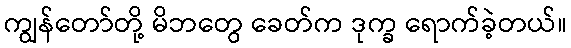
ကျွန်တော်တို့ မိဘတွေ ခေတ်က ဒုက္ခ ရောက်ခဲ့တယ်။